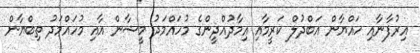
އިރުފާނާއި ހައްޔާން އަބްދުލް ކަރީމާއި އިމާދުއްދީންގެ މުހައްމަދު މީޝާން އާއި މުހައްމަދު ތިބްޔާން